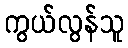
ကွယ်လွန်သူ